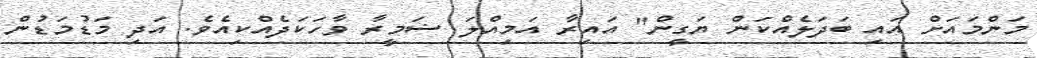
މަންމައަށް އައި ބަދަލެއްކަން ޔަގީން" އައިރާ އަމިއްލަ ޟަމީރާ ވާހަކަދެއްކިއެވެ. އަދި މަޑުމަޑުން